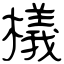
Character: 檥